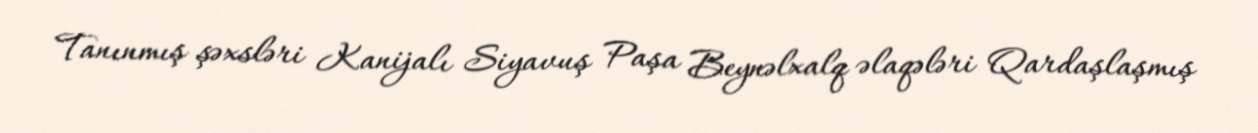
Tanınmış şəxsləri Kanijalı Siyavuş Paşa Beynəlxalq əlaqələri Qardaşlaşmış